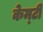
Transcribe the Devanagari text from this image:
केम्टी